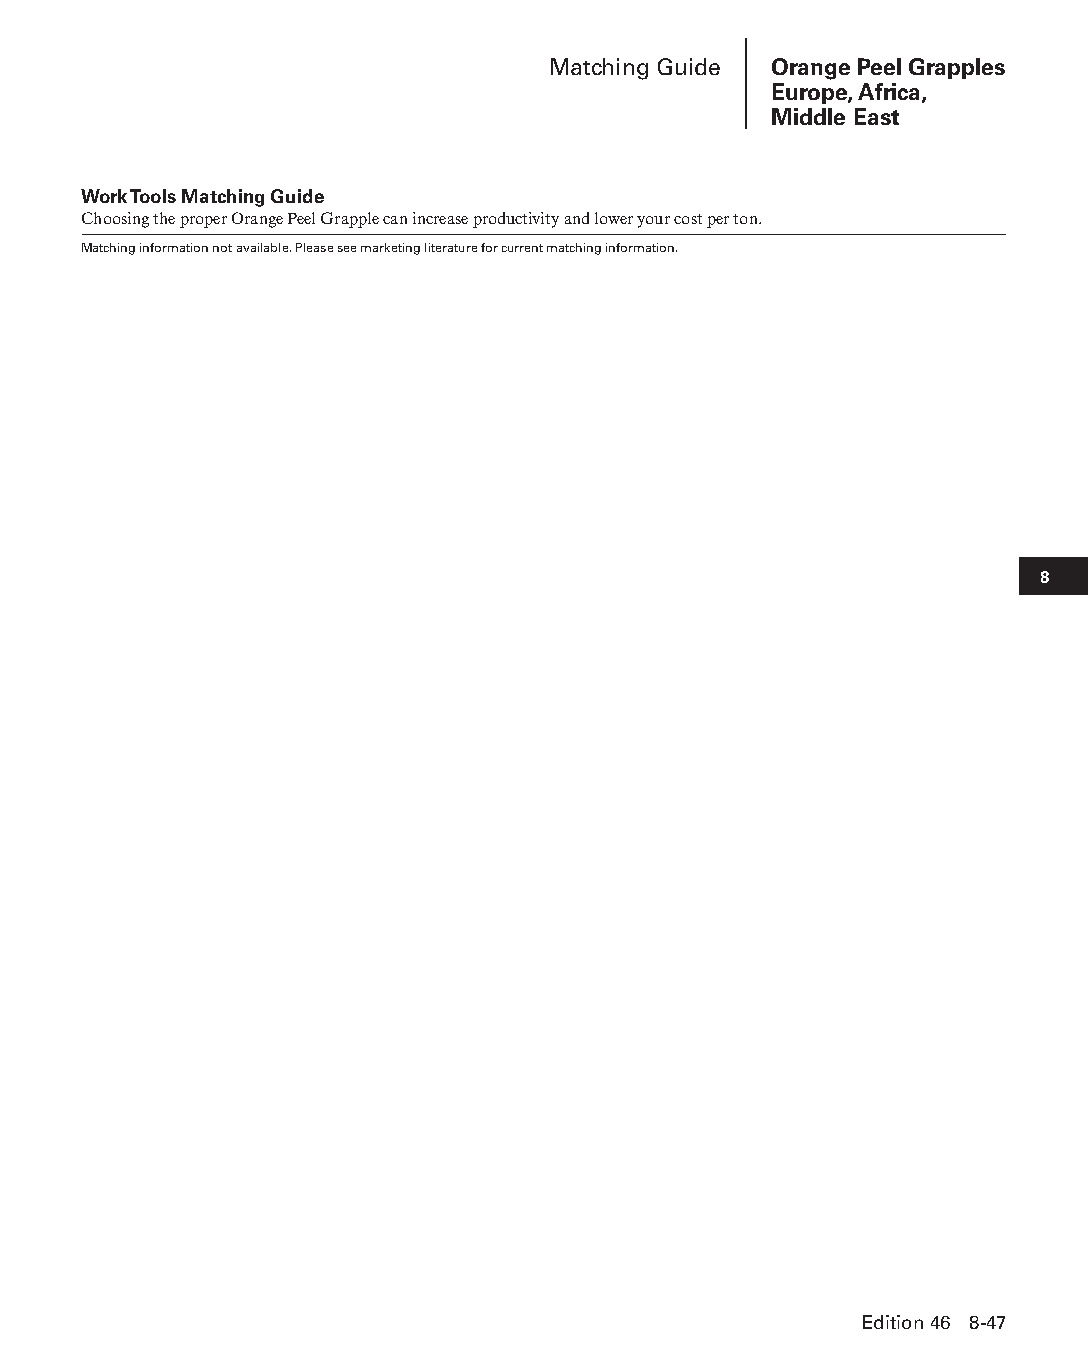
Matching Guide Orange Peel Grapples
 Europe, Africa,
 Middle East
 Work Tools Matching Guide
 Choosing the proper Orange Peel Grapple can increase productivity and lower your cost per ton.
 Matching information not available. Please see marketing literature for current matching information.
 8
 Edition 46 8-47
 PPHHBB--SSeecc0088--1166..iinndddd 4477                        1122//44//1155 1100::4400 AAMM